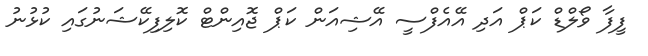
ފީފާ ވޯލްޑް ކަޕް އަދި އޭއެފްސީ އޭޝިއަން ކަޕް ޖޮއިންޓް ކޮލިފިކޭޝަނުގައި ކުޅުނު